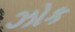
ઝોક